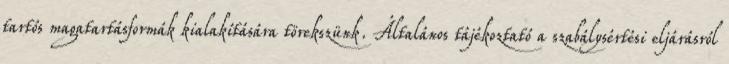
tartós magatartásformák kialakítására törekszünk. Általános tájékoztató a szabálysértési eljárásról